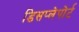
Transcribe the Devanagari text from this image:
डिसप्लेपोर्ट